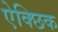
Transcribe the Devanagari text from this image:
ऐक्छिक